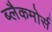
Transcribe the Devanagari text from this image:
ब्लैकमोर्स